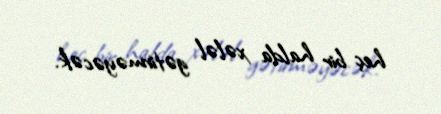
heç bir halda xələl gətirməyəcək.